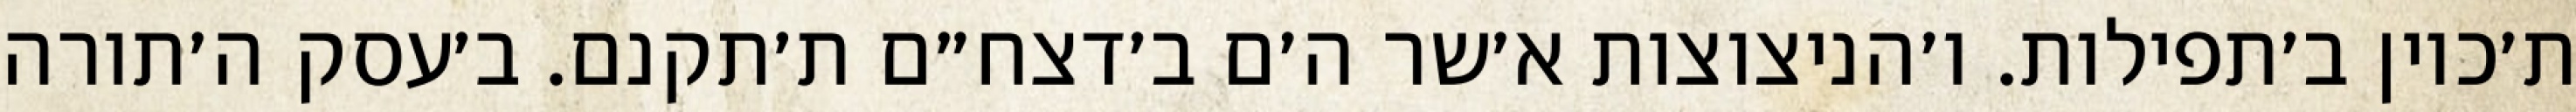
ת׳כוין ב׳תפילות. ו׳הניצוצות א׳שר ה׳ם ב׳דצח״ם ת׳תקנם. ב׳עסק ה׳תורה